Lunatic asylums Burma 1907-21 - 1907-1921
Year: 1907
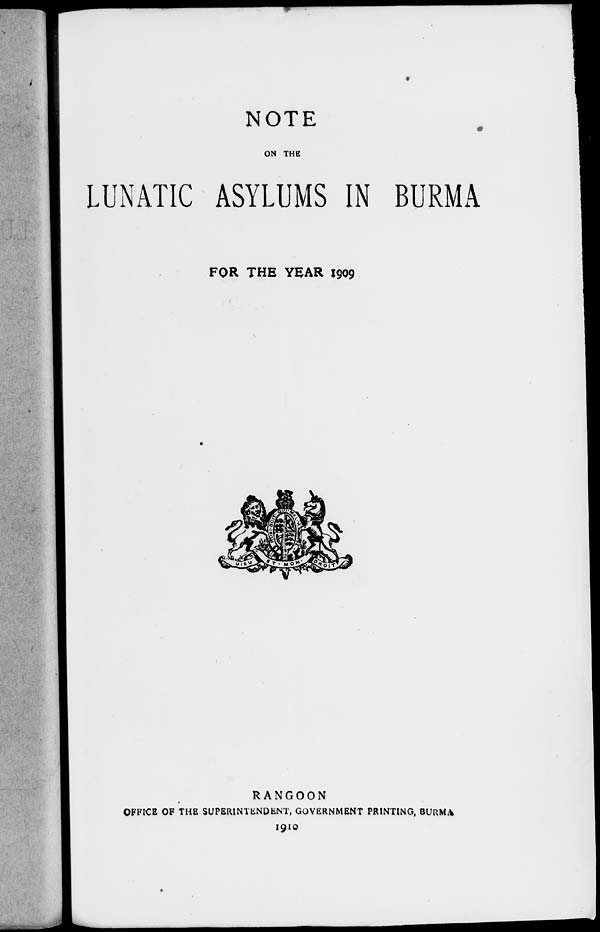
NOTE
ON THE
LUNATIC ASYLUMS IN BURMA
FOR THE YEAR 1909